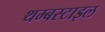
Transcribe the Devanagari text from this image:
थम्बस्टाइल